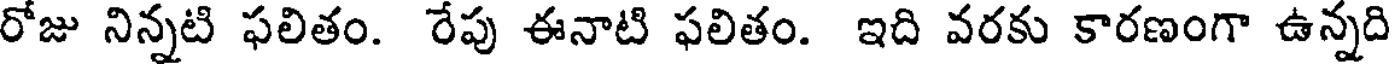
రోజు నిన్నటి ఫలితం. రేపు ఈనాటి ఫలితం. ఇది వరకు కారణంగా ఉన్నది